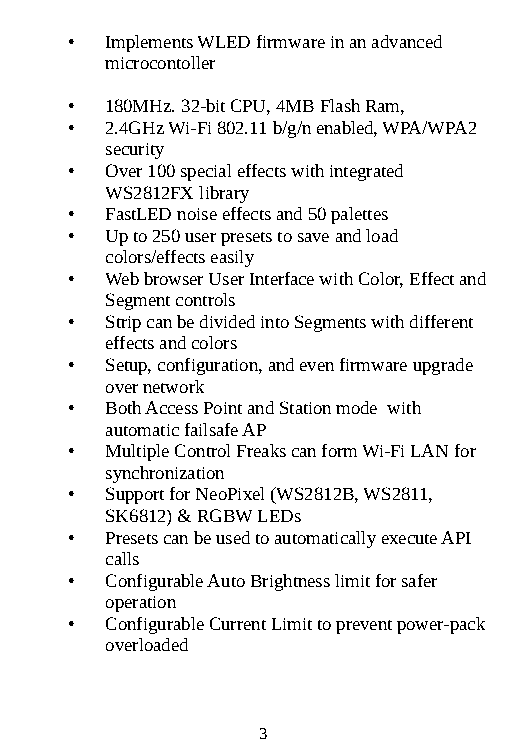
•  Implements WLED firmware in an advanced
 microcontoller
 •  180MHz. 32-bit CPU, 4MB Flash Ram,
 •  2.4GHz Wi-Fi 802.11 b/g/n enabled, WPA/WPA2
 security
 •  Over 100 special effects with integrated
 WS2812FX library
 •  FastLED noise effects and 50 palettes
 •  Up to 250 user presets to save and load
 colors/effects easily
 •  Web browser User Interface with Color, Effect and
 Segment controls
 •  Strip can be divided into Segments with different
 effects and colors
 •  Setup, configuration, and even firmware upgrade
 over network
 •  Both Access Point and Station mode with
 automatic failsafe AP
 •  Multiple Control Freaks can form Wi-Fi LAN for
 synchronization
 •  Support for NeoPixel (WS2812B, WS2811,
 SK6812) & RGBW LEDs
 •  Presets can be used to automatically execute API
 calls
 •  Configurable Auto Brightness limit for safer
 operation
 •  Configurable Current Limit to prevent power-pack
 overloaded
 3